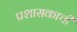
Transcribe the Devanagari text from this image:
प्रशासकाची